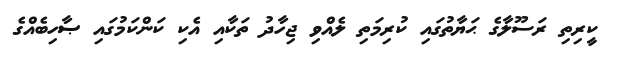
ކީރިތި ރަސޫލާގެ ޙަޔާތުގައި ކުރިމަތި ލެއްވި ޖިހާދު ތަކާއި އެކި ކަންކަމުގައި ޞާހިބެއްގެ